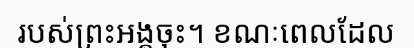
របស់ព្រះអង្គចុះ។ ខណៈពេលដែល